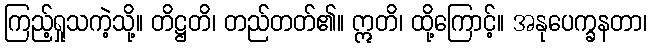
ကြည့်ရှုသကဲ့သို့။ တိဋ္ဌတိ၊ တည်တတ်၏။ ဣတိ၊ ထို့ကြောင့်။ အနုပေက္ခနတာ၊